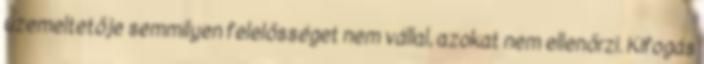
üzemeltetője semmilyen felelősséget nem vállal, azokat nem ellenőrzi. Kifogás